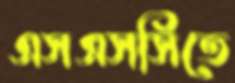
এসএসসিতে